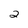
Character: 2